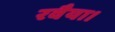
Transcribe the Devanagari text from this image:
रवैया।